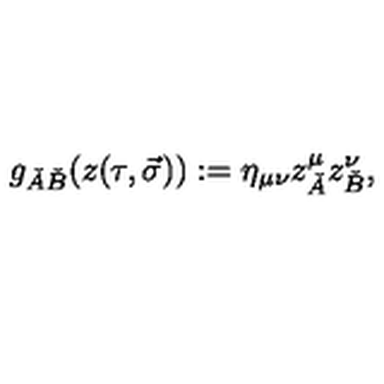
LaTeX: g _ { \check { A } \check { B } } ( z ( \tau , \vec { \sigma } ) ) : = \eta _ { \mu \nu } z _ { \check { A } } ^ { \mu } z _ { \check { B } } ^ { \nu } ,